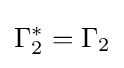
\Gamma _{2}^{*}=\Gamma _{2}